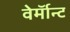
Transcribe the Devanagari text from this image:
वेर्माॅन्ट